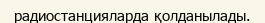
радиостанцияларда қолданылады.